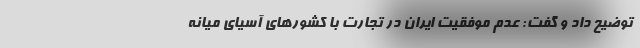
توضیح داد و گفت: عدم موفقیت ایران در تجارت با کشورهای آسیای میانه